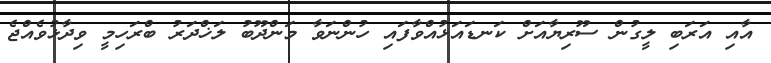
އާއި އަރަބި ލީގުން ސޫރިޔާއަށް ކަނޑައަޅުއްވާފައި ހުންނަވާ މަންދޫބު ލަޚްދަރު ބްރަހިމީ ވިދާޅުވެއްޖެ